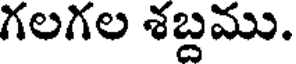
గలగల శబ్దము.